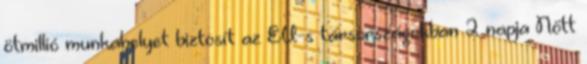
ötmillió munkahelyet biztosít az EU-s társországokban 2 napja Nőtt